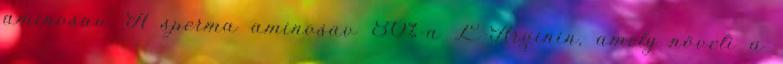
aminosav. A sperma aminosav 80%-a L-Arginin, amely növeli a